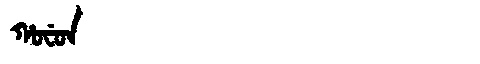
Manchu: ᡥᠣᠸᡠᠨ
Romanization: HOFUN